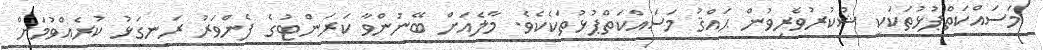
މަސައްކަތްޕުޅުތަކަކީ ޝުކުރުވެރިވުން ޙައްޤު މަސައްކަތްޕުޅުތަކެކެވެ. މާލެއަށް ބޭނުންވާ ކަރަންޓުގެ ފެންވަރު ރަނގަޅު ކުރެއްވުމަށް